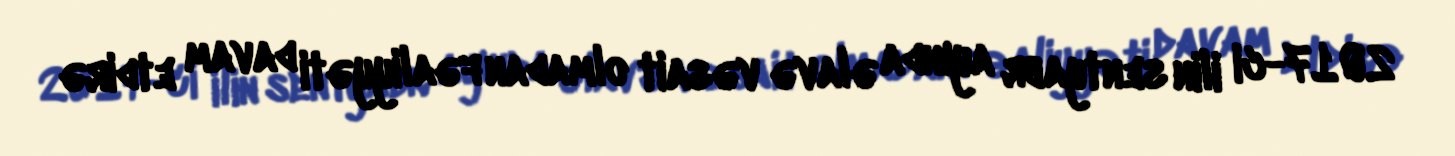
2017-ci ilin sentyabr ayında əlavə vəsait olmadan fəaliyyəti davam etdirə